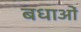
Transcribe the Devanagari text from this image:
बधाओं